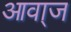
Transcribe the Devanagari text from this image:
आवा्ज